Indian journal of veterinary science and animal husbandry - Volumes 15-17, 1948-1951
Year: 1948
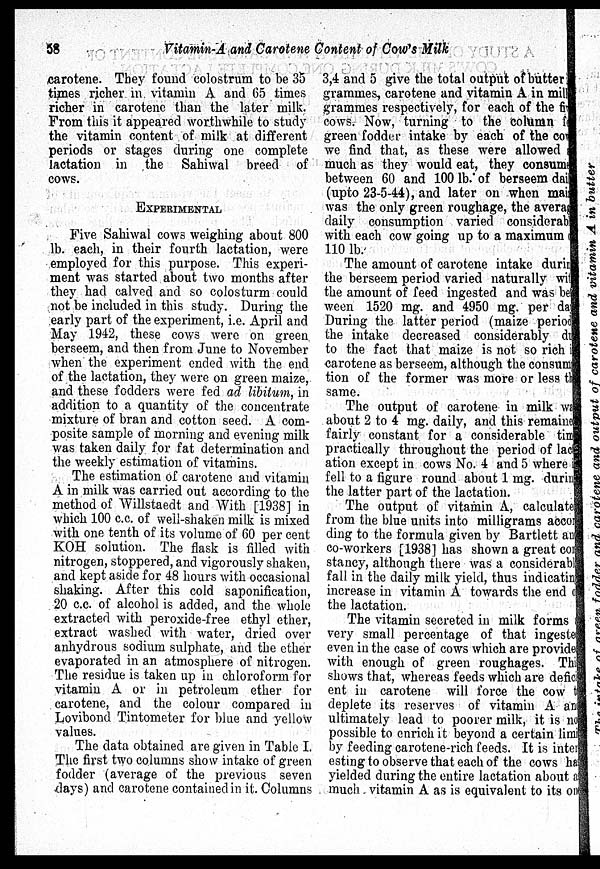
58
Vitamin-A and Carotene Content of Cow's Milk
carotene. They found colostrum to be 35
times richer in vitamin A and 65 times
richer in carotene than the later milk.
From this it appeared worthwhile to study
the vitamin content of milk at different
periods or stages during one complete
lactation in the Sahiwal breed of
cows.
EXPERIMENTAL
Five Sahiwal cows weighing about 800
lb. each, in their fourth lactation, were
employed for this purpose. This experi-
ment was started about two months after
they had calved and so colosturm could
not be included in this study. During the
early part of the experiment, i.e. April and
May 1942, these cows were on green
berseem, and then from June to November
when the experiment ended with the end
of the lactation, they were on green maize,
and these fodders were fed ad libitum, in
addition to a quantity of the concentrate
mixture of bran and cotton seed. A com-
posite sample of morning and evening milk
was taken daily for fat determination and
the weekly estimation of vitamins.
The estimation of carotene and vitamin
A in milk was carried out according to the
method of Willstaedt and With [1938] in
which 100 c.c. of well-shaken milk is mixed
with one tenth of its volume of 60 per cent
KOH solution. The flask is filled with
nitrogen, stoppered, and vigorously shaken,
and kept aside for 48 hours with occasional
shaking. After this cold saponification,
20 c.c. of alcohol is added, and the whole
extracted with peroxide-free ethyl ether,
extract washed with water, dried over
anhydrous sodium sulphate, and the ether
evaporated in an atmosphere of nitrogen.
The residue is taken up in chloroform for
vitamin A or in petroleum ether for
carotene, and the colour compared in
Lovibond Tintometer for blue and yellow
values.
The data obtained are given in Table I.
The first two columns show intake of green
fodder (average of the previous seven
days) and carotene contained in it. Columns
3,4 and 5 give the total output of butter in
grammes, carotene and vitamin A in milk
grammes respectively, for each of the find
cows. Now, turning to the column fo
green fodder intake by each of the cow
we find that, as these were allowed a
much as they would eat, they consume
between 60 and 100 lb. of berseem daily
(upto 23-5-44), and later on when maiz
was the only green roughage, the average
daily consumption varied considerable
with each cow going up to a maximum o
110 lb.
The amount of carotene intake during
the berseem period varied naturally with
the amount of feed ingested and was bet
ween 1520 mg. and 4950 mg. per day
During the latter period (maize period
the intake decreased considerably due
to the fact that maize is not so rich it
carotene as berseem, although the consump
tion of the former was more or less the
same.
The output of carotene in milk was
about 2 to 4 mg. daily, and this remained
fairly constant for a considerable time
practically throughout the period of lact
ation except in cows No. 4 and 5 where i
fell to a figure round about 1 mg. during
the latter part of the lactation.
The output of vitamin A, calculated
from the blue units into milligrams accor
ding to the formula given by Bartlett and
co-workers [1938] has shown a great con
stancy, although there was a considerable
fall in the daily milk yield, thus indicating
increase in vitamin A towards the end of
the lactation.
The vitamin secreted in milk forms a
very small percentage of that ingested
even in the case of cows which are provided
with enough of green roughages. This
shows that, whereas feeds which are defici
ent in carotene will force the cow to
deplete its reserves of vitamin A and
ultimately lead to poorer milk, it is no
possible to enrich it beyond a certain limit
by feeding carotene-rich feeds. It is inter
esting to observe that each of the cows has
yielded during the entire lactation about as
much vitamin A as is equivalent to its one